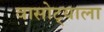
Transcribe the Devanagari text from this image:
वासोट्याला